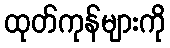
ထုတ်ကုန်များကို